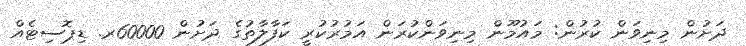
ދަށުން މިނިވަން ކުރުން: މައުމޫން މިނިވަންކުރަން އަމުރުކުރީ ކަފާލާތުގެ ދަށުން 60000ރ. ޑިޕޮސިޓެއް